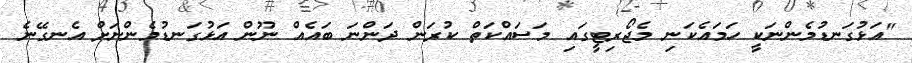
"އަޅުގަނޑުމެންނަކީ ހަމައެކަނި މެޖޯރިޓީގައި މަސައްކަތް ކުރަން ދަންނަ ބައެއް ނޫން އަޅުގަނޑުމެންނަށް އެނގޭނެ